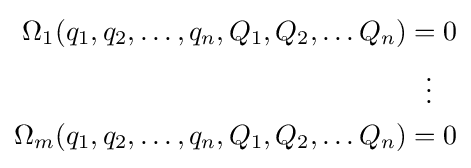
{\begin{aligned}\Omega _{1}(q_{1},q_{2},\ldots ,q_{n},Q_{1},Q_{2},\ldots Q_{n})&=0\\&{}\ \ \vdots \\\Omega _{m}(q_{1},q_{2},\ldots ,q_{n},Q_{1},Q_{2},\ldots Q_{n})&=0\end{aligned}}